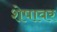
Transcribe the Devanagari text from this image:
शेषावर